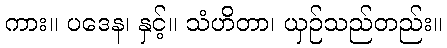
ကား။ ပဒေန၊ နှင့်။ သံဟိတာ၊ ယှဉ်သည်တည်း။